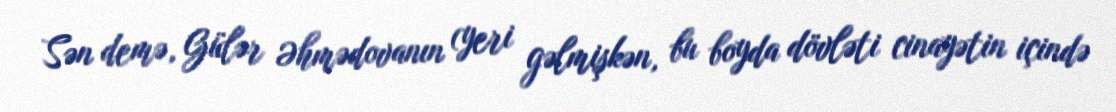
Sən demə, Gülər Əhmədovanın (yeri gəlmişkən, bu boyda dövləti cinayətin içində